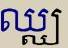
ឈ្ឈ